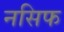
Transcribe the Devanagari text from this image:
नसिफ